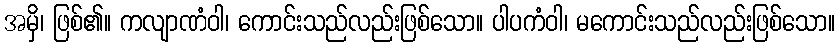
အမှိ၊ ဖြစ်၏။ ကလျာဏံဝါ၊ ကောင်းသည်လည်းဖြစ်သော။ ပါပကံဝါ၊ မကောင်းသည်လည်းဖြစ်သော။